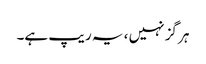
ہر گز نہیں ، یہ ریپ ہے۔